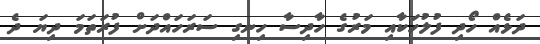
ދަޅެއް ހޯދި ފުލުހަކާއި މަރުގެ ހާދިސާ ހިނގި ސަރަހައްދަށް ފުރަތަމަ ދިިޔަ ދެ